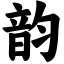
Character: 韵